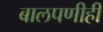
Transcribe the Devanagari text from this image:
बालपणीही